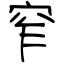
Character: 窄